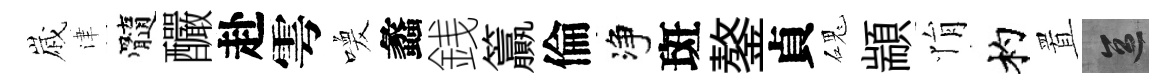
𡻕津髓釅赴雩喚蠡銭籯倫净斑鏊貞磈顓悁杓置區